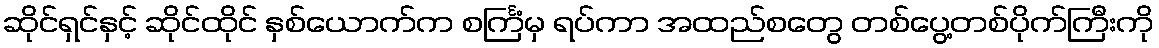
ဆိုင်ရှင်နှင့် ဆိုင်ထိုင် နှစ်ယောက်က စင်္ကြံမှ ရပ်ကာ အထည်စတွေ တစ်ပွေ့တစ်ပိုက်ကြီးကို